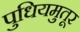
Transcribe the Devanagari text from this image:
पुधियमुतूर